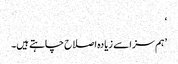
‘
’ہم سزا سے زیادہ اصلاح چاہتے ہیں۔